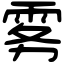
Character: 雾